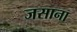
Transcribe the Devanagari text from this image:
जसाना